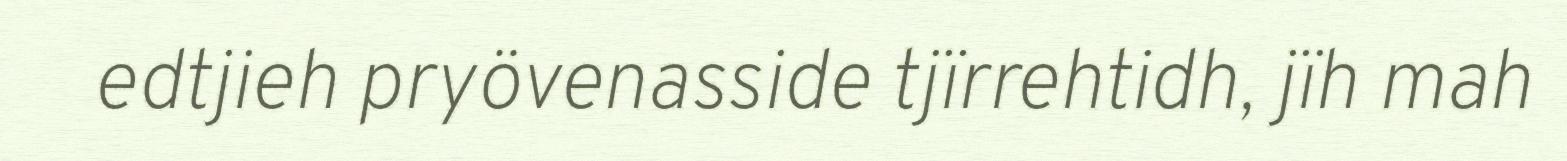
edtjieh pryövenasside tjïrrehtidh, jïh mah